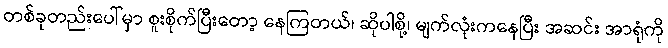
တစ်ခုတည်းပေါ်မှာ စူးစိုက်ပြီးတော့ နေကြတယ်၊ ဆိုပါစို့၊ မျက်လုံးကနေပြီး အဆင်း အာရုံကို